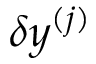
\delta \boldsymbol { y } ^ { ( j ) }